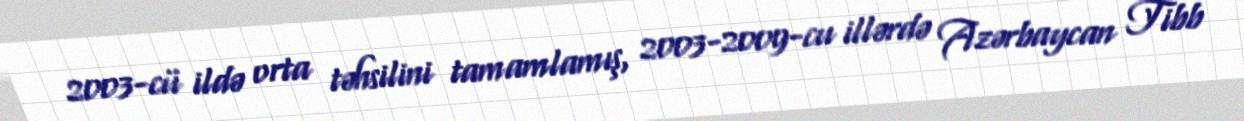
2003-cü ildə orta təhsilini tamamlamış, 2003-2009-cu illərdə Azərbaycan Tibb